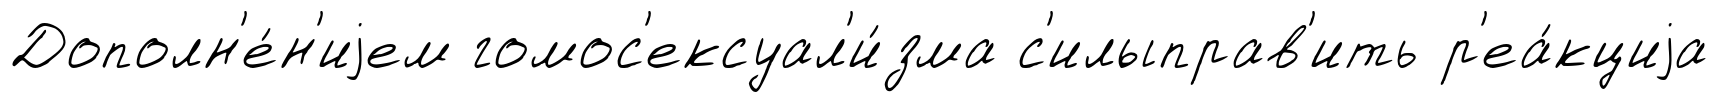
Дополн'е́н'иjем гомос'ексуал'и́зма с'илыправ'ить р'еа́кциjа